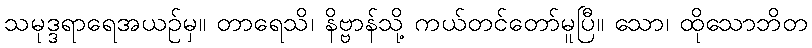
သမုဒ္ဒရာရေအယဉ်မှ။ တာရေသိ၊ နိဗ္ဗာန်သို့ ကယ်တင်တော်မူပြီ။ သော၊ ထိုသောဘိတ